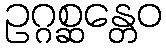
ဥဂ္ဂစ္ဆန္တေဝ